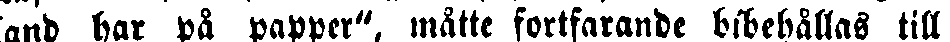
land har på papper", måtte fortfarande bibehållas till